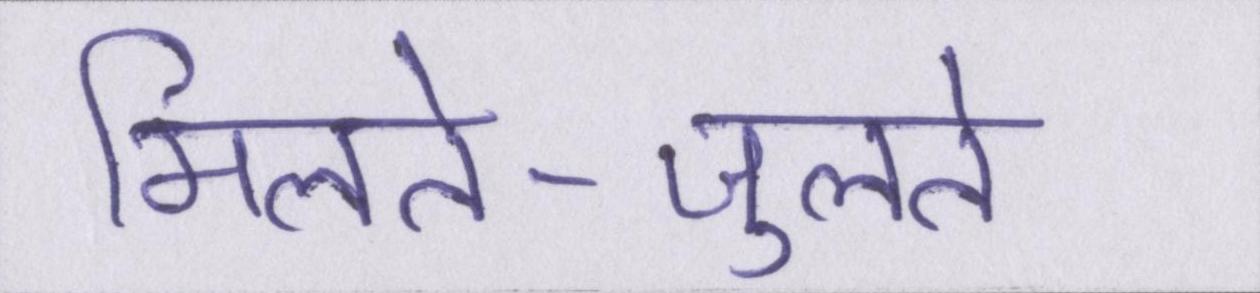
मिलते-जुलते